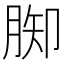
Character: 𦛪